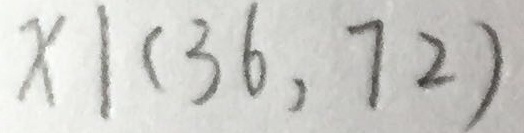
x \vert ( 3 6 , 7 2 )